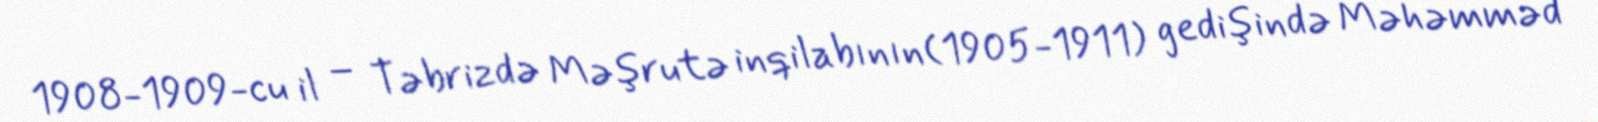
1908-1909-cu il – Təbrizdə Məşrutə inqilabının(1905-1911) gedişində Məhəmməd